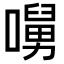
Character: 𡀭